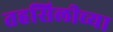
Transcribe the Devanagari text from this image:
तहसिलीच्या